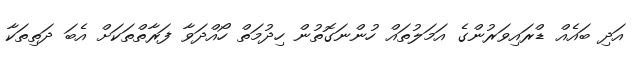
އަދި ބައެއް ޑްރައިވަރުންގެ އަމަލުތައް ހުންނަގޮތުން ހިދުމަތް ހޯއްދަވާ ފަރާތްތަކަށް އެބަ ދަތިތަކާ